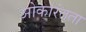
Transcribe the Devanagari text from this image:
ओकारंतता